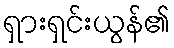
ရှားရှင်းယွန်၏